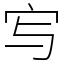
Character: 㝍